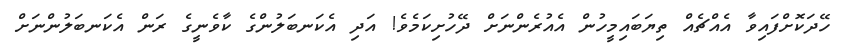
ހޭދަކޮށްފައިވާ އެއްޗެއް ތިޔަބައިމީހުން އެއުރެންނަށް ދޭހުށިކަމެވެ! އަދި އެކަނބަލުންގެ ކާވެނީގެ ރަން އެކަނބަލުންނަށް